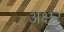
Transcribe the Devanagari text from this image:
अक्ष्रर